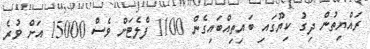
ރައްޔިތުން ދިގު ކިޔޫގައި ބައިތިއްބައިގެން 1100 ފްލެޓަށް ވެސް 15000 އަށް ވުރެ